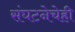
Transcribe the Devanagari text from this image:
संघटनेचेही